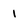
Character: I